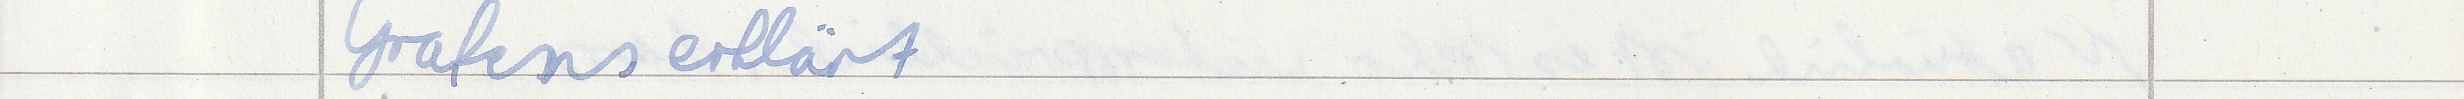
Grafens erklärt